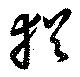
猶